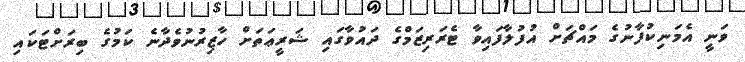
ވަނީ އެމަނިކުފާނުގެ މައްޗަށް އުފުލާފައިވާ ޓެރަރިޒަމްގެ ދައުވާގައި ޝަރީޢަތަށް ހާޒިރުނުވެދާނެ ކަމުގެ ބިރަށްޓަކައި